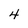
Character: 4